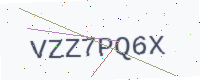
Text: VZZ7PQ6X